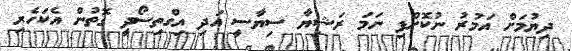
ދިޔުމަށް އަމުރު ނުކޮށްފި ނަމަ ރަޝިޔާ ސިޔާސީ އަދި އިގްތިސޯދީ ގޮތުން އެކަހެރި